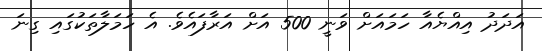
އަދަދު އިއްޔެއާ ހަމައަށް ވަނީ 500 އަށް އަރާފައެވެ. އެ ހަމަލާތަކުގައި ގިނަ